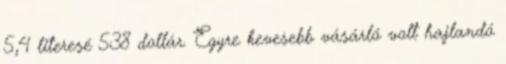
5,4 literesé 538 dollár. Egyre kevesebb vásárló volt hajlandó